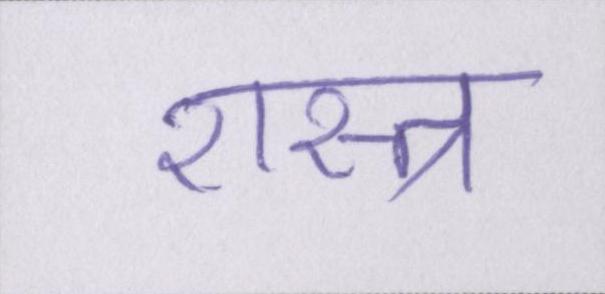
शस्त्र